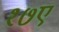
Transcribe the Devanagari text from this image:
१७ए